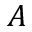
A